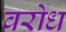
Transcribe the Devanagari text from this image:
वरोध